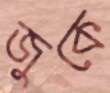
জুকে